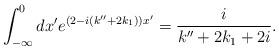
LaTeX: \begin{align*}\int_{-\infty}^{0} dx' e^{\left(2-i(k''+2k_{1})\right)x'}=\frac{i}{k''+2k_{1}+2i}.\end{align*}